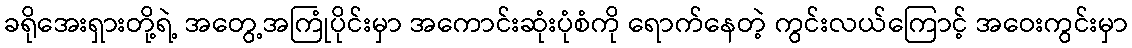
ခရိုအေးရှားတို့ရဲ့ အတွေ့အကြုံပိုင်းမှာ အကောင်းဆုံးပုံစံကို ရောက်နေတဲ့ ကွင်းလယ်ကြောင့် အဝေးကွင်းမှာ